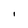
Character: i